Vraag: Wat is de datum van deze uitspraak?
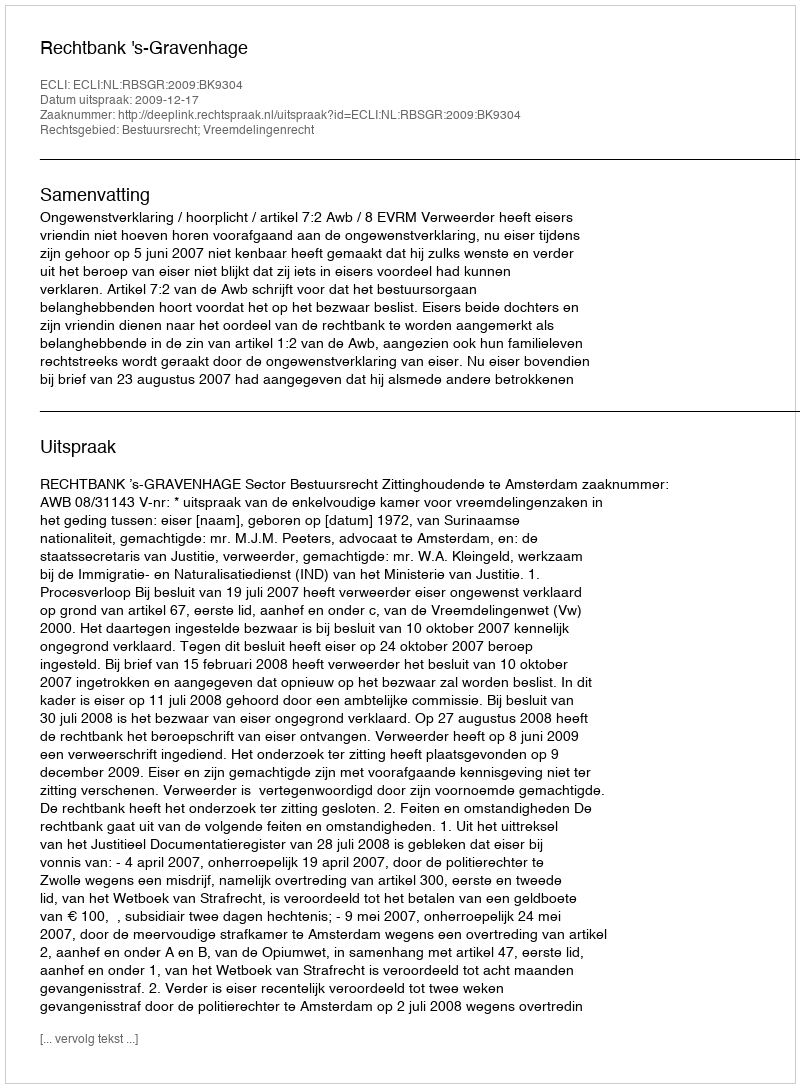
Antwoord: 2009-12-17